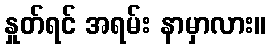
နှုတ်ရင် အရမ်း နာမှာလား။